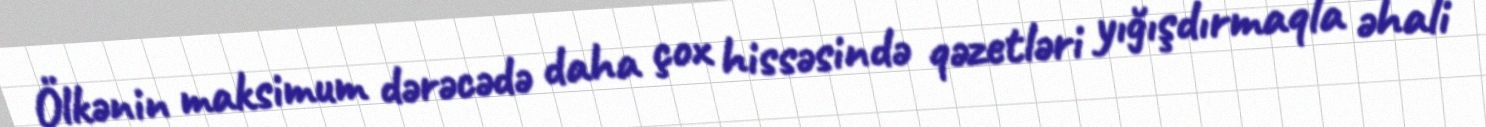
Ölkənin maksimum dərəcədə daha çox hissəsində qəzetləri yığışdırmaqla əhali